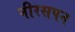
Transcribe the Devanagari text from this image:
नीरसपन